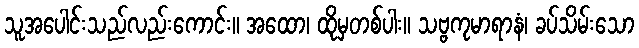
သူအပေါင်းသည်လည်းကောင်း။ အထော၊ ထိုမှတစ်ပါး။ သဗ္ဗကုမာရာနံ၊ ခပ်သိမ်းသော